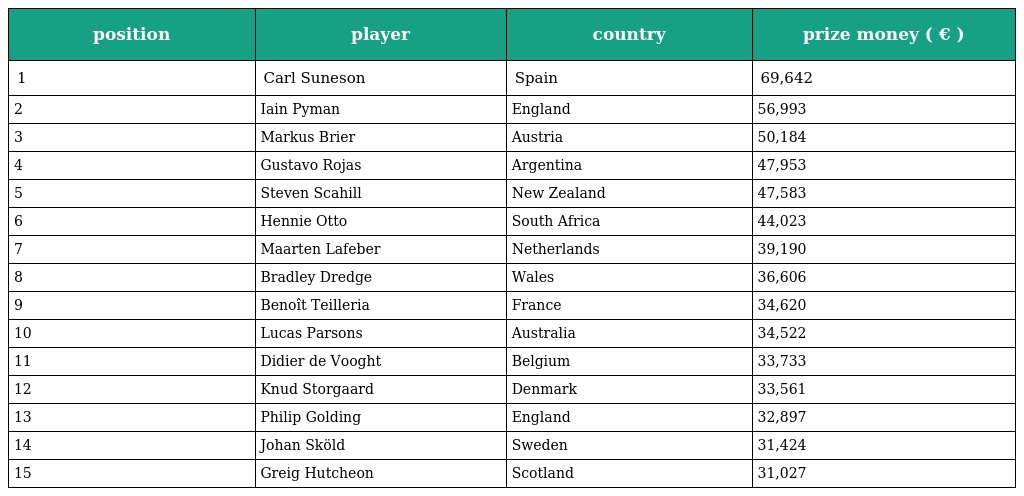
| position | player | country | prize money ( € ) |
 | --- | --- | --- | --- |
 | 1 | Carl Suneson | Spain | 69,642 |
 | 2 | Iain Pyman | England | 56,993 |
 | 3 | Markus Brier | Austria | 50,184 |
 | 4 | Gustavo Rojas | Argentina | 47,953 |
 | 5 | Steven Scahill | New Zealand | 47,583 |
 | 6 | Hennie Otto | South Africa | 44,023 |
 | 7 | Maarten Lafeber | Netherlands | 39,190 |
 | 8 | Bradley Dredge | Wales | 36,606 |
 | 9 | Benoît Teilleria | France | 34,620 |
 | 10 | Lucas Parsons | Australia | 34,522 |
 | 11 | Didier de Vooght | Belgium | 33,733 |
 | 12 | Knud Storgaard | Denmark | 33,561 |
 | 13 | Philip Golding | England | 32,897 |
 | 14 | Johan Sköld | Sweden | 31,424 |
 | 15 | Greig Hutcheon | Scotland | 31,027 |